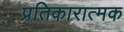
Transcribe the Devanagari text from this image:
प्रतिकारात्मक